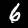
Label: 6